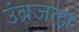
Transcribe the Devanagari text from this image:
उंब्रजला